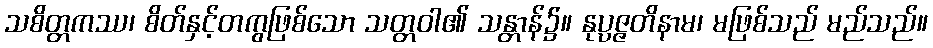
သစိတ္တကဿ၊ စိတ်နှင့်တကွဖြစ်သော သတ္တဝါ၏ သန္တာန်၌။ နုပ္ပဇ္ဇတိနာမ၊ မဖြစ်သည် မည်သည်။